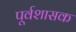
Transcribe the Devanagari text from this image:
पूर्वशासक